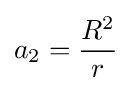
a_{2}={\frac {R^{2}}{r}}